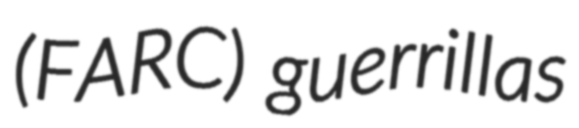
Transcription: (FARC) guerrillas